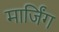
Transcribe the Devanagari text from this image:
मार्जिंग